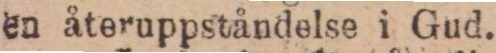
en återuppståndelse i Gud.